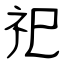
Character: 祀